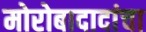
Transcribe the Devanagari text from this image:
मोरोबादादांचा